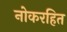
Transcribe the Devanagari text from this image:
नोकरहित